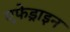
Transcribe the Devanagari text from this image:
एफेड्राइन